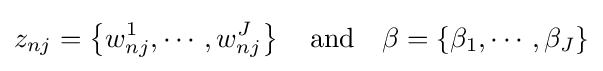
z_{nj}=\left\{w_{nj}^{1},\cdots ,w_{nj}^{J}\right\}\quad {\text{and}}\quad \beta =\left\{\beta _{1},\cdots ,\beta _{J}\right\}